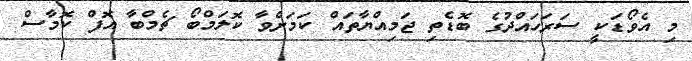
މި އެވޯޑަކީ ސަރަހައްދުގެ ބޮޑެތި ޖަމިއްޔާތައް ކަމަށްވާ ކޮލަމްބޯ ޗެމްބާ އޮފް ކޮމާސް